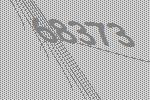
68373